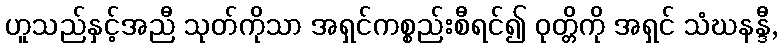
ဟူသည်နှင့်အညီ သုတ်ကိုသာ အရှင်ကစ္စည်းစီရင်၍ ဝုတ္တိကို အရှင် သံဃနန္ဒီ,